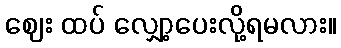
ဈေး ထပ် လျှော့ပေးလို့ရမလား။